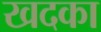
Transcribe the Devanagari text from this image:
खदका